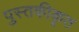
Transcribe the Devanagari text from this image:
पुस्तकीकृत